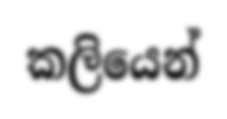
කලියෙන්